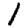
Digit: 1